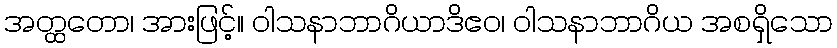
အတ္ထတော၊ အားဖြင့်။ ဝါသနာဘာဂိယာဒိဧဝ၊ ဝါသနာဘာဂိယ အစရှိသော